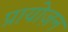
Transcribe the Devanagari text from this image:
प्रायोज़न